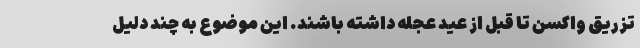
تزریق واکسن تا قبل از عید عجله داشته باشند. این موضوع به چند دلیل